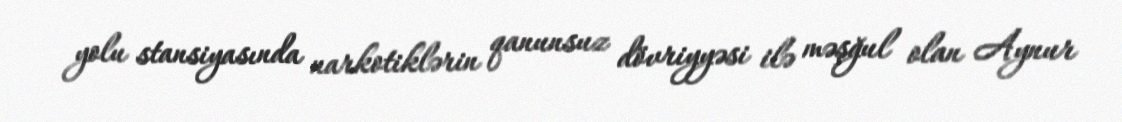
yolu stansiyasında narkotiklərin qanunsuz dövriyyəsi ilə məşğul olan Aynur